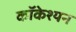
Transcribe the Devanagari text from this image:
कॉकेश्यन